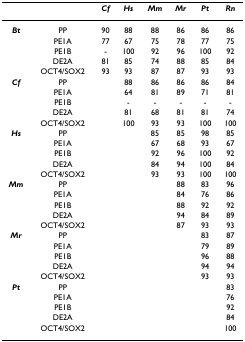
|  |  | Cf | Hs | Mm | Mr | Pt | Rn |
 | --- | --- | --- | --- | --- | --- | --- | --- |
 | Bt | PP | 90 | 88 | 88 | 86 | 86 | 86 |
 |  | PE1A | 77 | 67 | 75 | 78 | 77 | 75 |
 |  | PE1B | - | 100 | 92 | 96 | 100 | 92 |
 |  | DE2A | 81 | 85 | 74 | 88 | 85 | 84 |
 |  | OCT4/SOX2 | 93 | 93 | 87 | 87 | 93 | 93 |
 | Cf | PP |  | 88 | 86 | 86 | 86 | 84 |
 |  | PE1A |  | 64 | 81 | 89 | 71 | 81 |
 |  | PE1B |  | - | - | - | - | - |
 |  | DE2A |  | 81 | 68 | 81 | 81 | 74 |
 |  | OCT4/SOX2 |  | 100 | 93 | 93 | 100 | 100 |
 | Hs | PP |  |  | 85 | 85 | 98 | 85 |
 |  | PE1A |  |  | 67 | 68 | 93 | 67 |
 |  | PE1B |  |  | 92 | 96 | 100 | 92 |
 |  | DE2A |  |  | 84 | 94 | 100 | 84 |
 |  | OCT4/SOX2 |  |  | 93 | 93 | 100 | 100 |
 | Mm | PP |  |  |  | 88 | 83 | 96 |
 |  | PE1A |  |  |  | 84 | 76 | 86 |
 |  | PE1B |  |  |  | 88 | 92 | 92 |
 |  | DE2A |  |  |  | 94 | 84 | 89 |
 |  | OCT4/SOX2 |  |  |  | 87 | 93 | 93 |
 | Mr | PP |  |  |  |  | 83 | 87 |
 |  | PE1A |  |  |  |  | 79 | 89 |
 |  | PE1B |  |  |  |  | 96 | 88 |
 |  | DE2A |  |  |  |  | 94 | 94 |
 |  | OCT4/SOX2 |  |  |  |  | 93 | 93 |
 | Pt | PP |  |  |  |  |  | 83 |
 |  | PE1A |  |  |  |  |  | 76 |
 |  | PE1B |  |  |  |  |  | 92 |
 |  | DE2A |  |  |  |  |  | 84 |
 |  | OCT4/SOX2 |  |  |  |  |  | 100 |